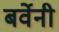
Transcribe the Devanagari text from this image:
बर्वेनी